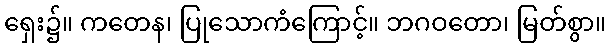
ရှေး၌။ ကတေန၊ ပြုသောကံကြောင့်။ ဘဂဝတော၊ မြတ်စွာ။